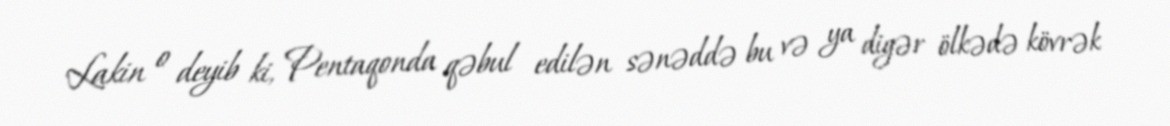
Lakin o deyib ki, Pentaqonda qəbul edilən sənəddə bu və ya digər ölkədə kövrək